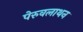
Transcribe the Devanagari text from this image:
पेरुवलाथन